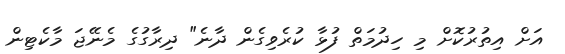
އަށް އިތުރުކޮށް މި ހިދުމަތް ފުޅާ ކުރެވިގެން ދާނެ" ދިރާގުގެ މެނޭޖަ މާކެޓިން